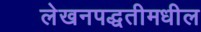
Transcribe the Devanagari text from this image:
लेखनपद्धतीमधील